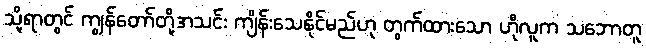
သို့ရာတွင် ကျွန်တော်တို့အသင်း ကျိန်းသေနိုင်မည်ဟု တွက်ထားသော ဟိုလူက သဘောတူ